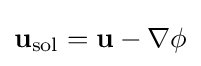
\mathbf {u} _{\text{sol}}=\mathbf {u} -\nabla \phi